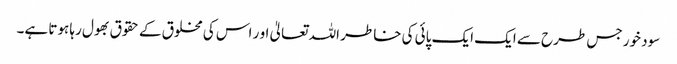
سود خور جس طرح سے ایک ایک پائی کی خاطر اللہ تعالیٰ او ر اس کی مخلوق کے حقوق بھول رہا ہوتا ہے۔